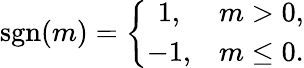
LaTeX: \mathrm{sgn}(m)=\left\{ \begin{array}{cc}{{1,}}&{{m>0,}}\\ {{-1,}}&{{m\le 0.}}\end{array}\right.